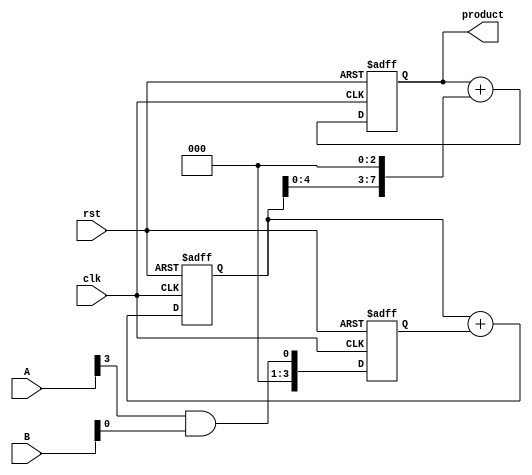
module systolic_multiplier #(parameter WIDTH = 4) (
    input clk,
    input rst,
    input [WIDTH-1:0] A,
    input [WIDTH-1:0] B,
    output reg [2*WIDTH-1:0] product
);
    // Processing Element (PE) definition
    reg [WIDTH-1:0] partial_products [0:WIDTH-1][0:WIDTH-1];
    
    // Intermediate storage for accumulation
    reg [2*WIDTH-1:0] sum [0:WIDTH-1];

    integer i, j;

    // Initialization and control logic
    always @(posedge clk or posedge rst) begin
        if (rst) begin
            product <= 0;
            for (i = 0; i < WIDTH; i = i + 1) begin
                for (j = 0; j < WIDTH; j = j + 1) begin
                    partial_products[i][j] <= 0;
                end
                sum[i] <= 0;
            end
        end else begin
            // Partial product generation
            for (i = 0; i < WIDTH; i = i + 1) begin
                for (j = 0; j < WIDTH; j = j + 1) begin
                    if (i + j < WIDTH) begin
                        // Each PE computes the partial product
                        partial_products[i][j] <= A[i] & B[j];
                    end
                end
            end

            // Accumulation of partial products
            for (i = 0; i < WIDTH; i = i + 1) begin
                sum[i] <= 0; // Reset sum for each row
                for (j = 0; j <= i; j = j + 1) begin
                    if (i < WIDTH) begin
                        sum[i] <= sum[i] + partial_products[j][i-j];
                    end
                end
            end

            // Final product generation
            product <= 0; // Reset product
            for (i = 0; i < WIDTH; i = i + 1) begin
                product <= product + (sum[i] << i); // Shift and accumulate
            end
        end
    end
endmodule